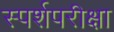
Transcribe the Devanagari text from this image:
स्पर्शपरीक्षा